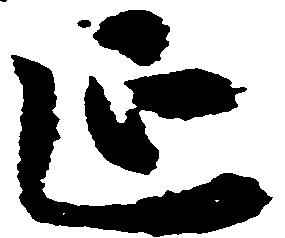
延